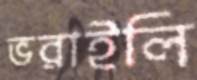
ভরাইলি